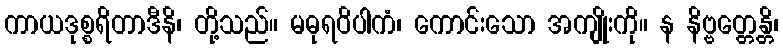
ကာယဒုစ္စရိတာဒီနိ၊ တို့သည်။ မဓုရဝိပါကံ၊ ကောင်းသော အကျိုးကို။ န နိဗ္ဗတ္တေန္တိ၊